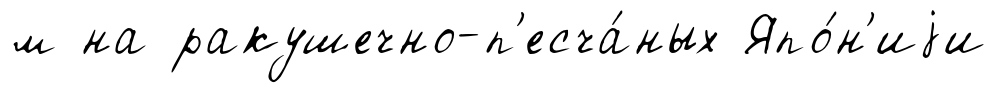
м на ракушечно-п'есча́ных Япо́н'иjи